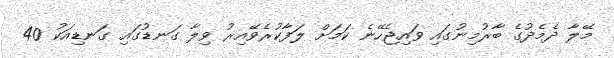
މޭލާ ދެމެދުގެ ބާރުމިނުގައި ވައިޖެހޭނެ ކަމަށް ލަފާކުރެވޭއިރު ވިލާ ގަނޑުގައި ގަނޑިއަކު 40